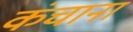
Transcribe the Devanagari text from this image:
कंचाना